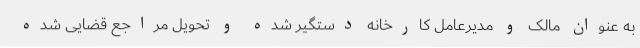
به عنوان مالک و مدیرعامل کارخانه دستگیر شده و تحویل مراجع قضایی شده